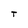
Character: T